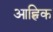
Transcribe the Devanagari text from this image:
आह्विक